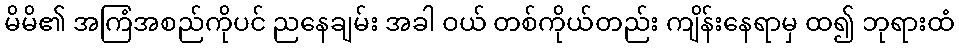
မိမိ၏ အကြံအစည်ကိုပင် ညနေချမ်း အခါ ဝယ် တစ်ကိုယ်တည်း ကျိန်းနေရာမှ ထ၍ ဘုရားထံ